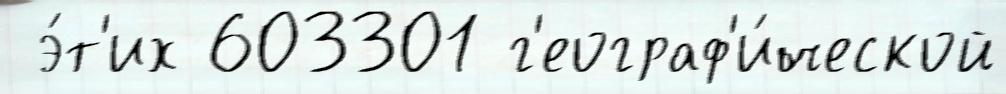
 э́т'их 603301 г'еограф'и́ческой